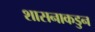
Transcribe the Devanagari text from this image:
शासनाकडुन